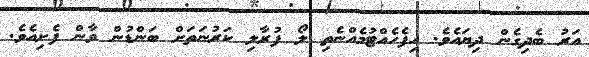
އަރު ބެދިގެން ދިޔައެވެ. ހިފެހެއްޓުމެއްނެތި ލޯ ފުރާލި ކަރުނަތަށް ބަންޑުން ވާން ފެށިއެވެ.